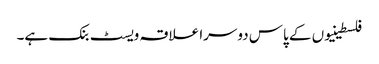
فلسطینیوں کے پاس دوسرا علاقہ ویسٹ بنک ہے۔